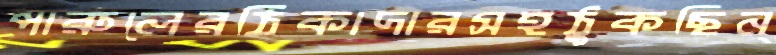
পারুলেরঠিকাদারসহঠুকছিন্